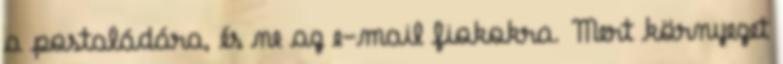
a postaládára, és ne az e-mail fiokokra. Mert környezet